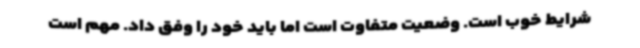
شرایط خوب است‌. وضعیت متفاوت است اما باید خود را وفق داد. مهم است